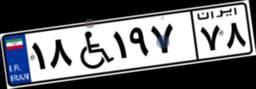
۱۸W۱۹۷۷۸